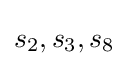
s_{2},s_{3},s_{8}